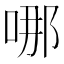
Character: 哪